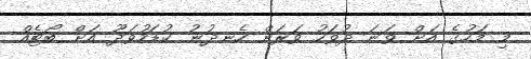
މި މަހުގެ އަށް ވަނަ ދުވަހު ވަރަށް ހެނދުނު ކުޑަހުވަދޫ އަށް ބޯޓެއް